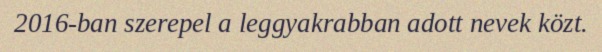
2016-ban szerepel a leggyakrabban adott nevek közt.